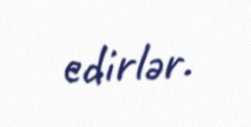
edirlər.